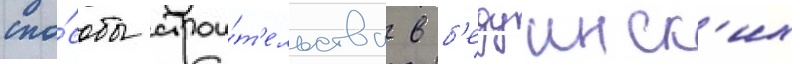
спо́собы строи́т'ельства в б'едуинск'их